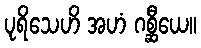
ပုရိသေဟိ အဟံ ဂစ္ဆီယေ။